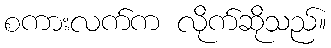
စကားလက်က လိုက်ဆိုသည်။